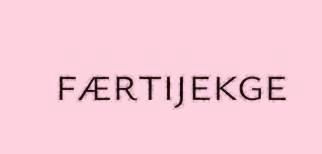
færtijekge